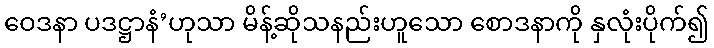
ဝေဒနာ ပဒဋ္ဌာနံ’ဟုသာ မိန့်ဆိုသနည်းဟူသော စောဒနာကို နှလုံးပိုက်၍